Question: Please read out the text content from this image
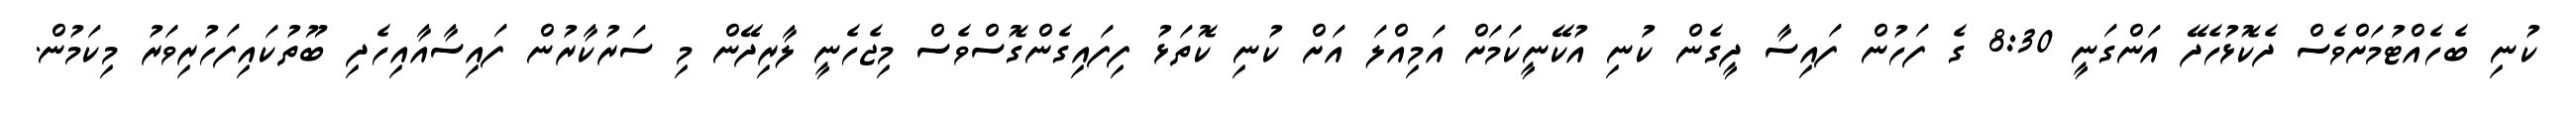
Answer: ކުނި ބެހެއްޓުމަށްވެސް ދެކޮޅުހެދޭ އަންގަނީ 8:30 ގެ ފަހުން ފައިސާ ދީގެން ކުނި އުކޭނީކަމަށް އަމިއްލަ އަށް ކުނި ކޮތަޅު ފިފައިގެންގޮސްވެސް މިޖެހެނީ ލާރިދޭން މި ސަރުކާރުން ފައިސާއާއިހެދި ބޫތުކައިފަހުރިވަރު މިކަމުން.